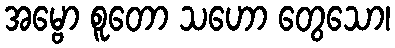
အမ္ဗော စူတော သဟော တွေသော၊